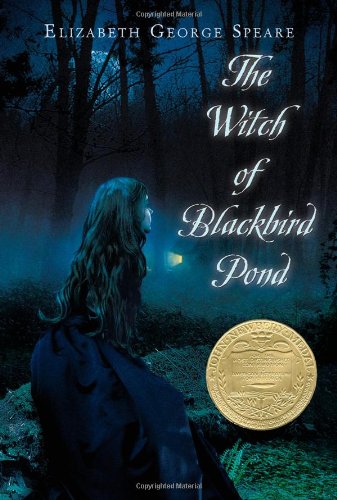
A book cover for The Witch of Blackbird Pond; Elizabeth George Speare; Children's Books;